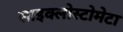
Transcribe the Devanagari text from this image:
साइक्लोस्टोमेटा